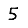
Digit: 5